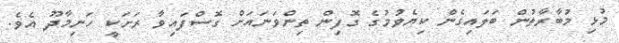
މުޅި މުބާރާތުން ބަލައިގެން ކިޔެވުމުގެ ގޮފިން ތިންވަނައަށް ގޮސްފައިވާ ރަށަކީ ހަނިމާދޫ އެވެ.